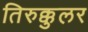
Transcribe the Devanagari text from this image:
तिरुक्कुलर